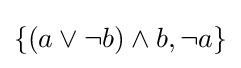
\{(a\lor \neg b)\land b,\neg a\}